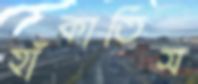
হাঁকাতিস